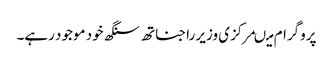
پروگرام میںمرکزی وزیر راجناتھ سنگھ خود موجود رہے۔